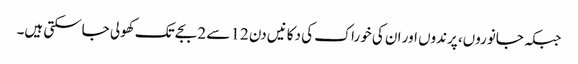
جبکہ جانوروں، پرندوں اور ان کی خوراک کی دکانیں دن 12 سے 2 بجے تک کھولی جاسکتی ہیں۔